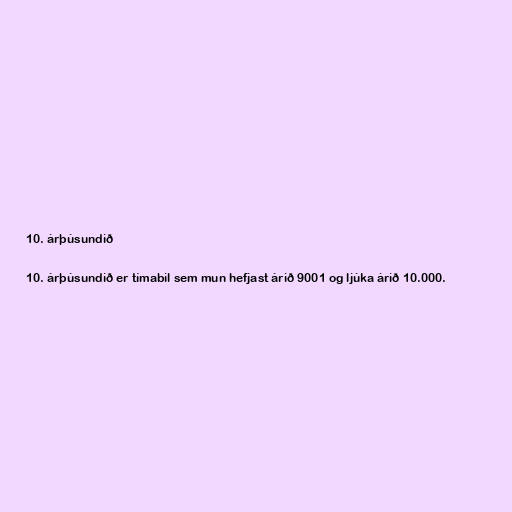
10. árþúsundið

10. árþúsundið er tímabil sem mun hefjast árið 9001 og ljúka árið 10.000.